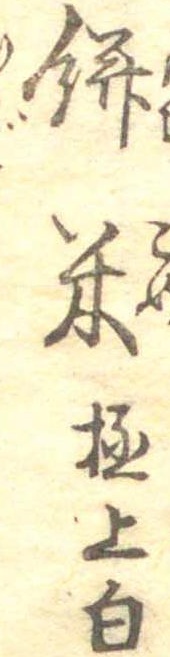
餅米極上白